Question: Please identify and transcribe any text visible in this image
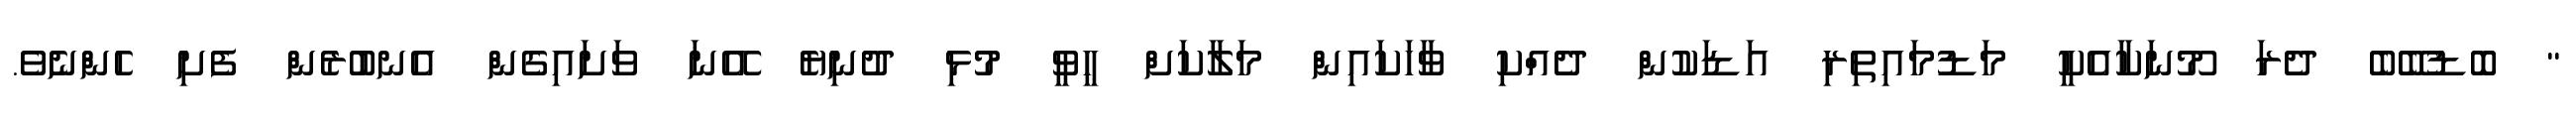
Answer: " ބޮޑުބޭބެ ދެރަ މޫނަކާއެކީ މަޑުމައިތިރި އަޑަކުން ދެއްކި ވާހަކައިން މަލާކަށް ހީވީ މުޅި ދުނިޔެ އޭނަ ވަށައިގެން އެނބުރެން ފެށި ހެންނެވެ.